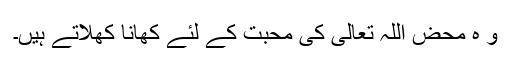
و ہ محض اللہ تعالیٰ کی محبت کے لئے کھانا کھلاتے ہیں۔